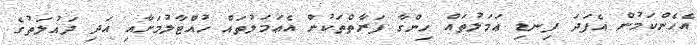
އެހެންކަމުން އެފަދަ ފިނޑި ޢަމަލުތައް ހިންގާ ފަރާތްތަކުން އެޢަމަލުތައް ހުއްޓާލުމަށާއި އަދި ދައުލަތުގެ